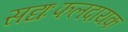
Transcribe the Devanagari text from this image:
सद्यःफलदायक